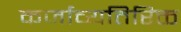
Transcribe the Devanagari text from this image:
कर्जाव्यतिरिक्त